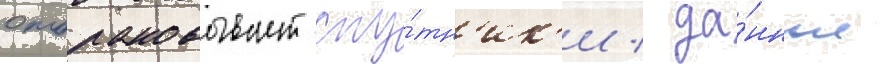
отбраковывает спу́тн'ик'и / да́нные